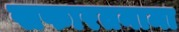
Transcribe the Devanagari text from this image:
सफारतनामा